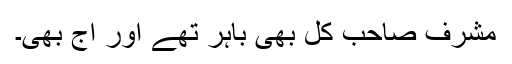
مشرف صاحب کل بھی باہر تھے اور آج بھی۔